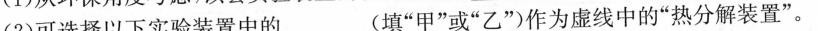
(2)可选择以下实验装置中的___(填”甲”或”乙”)作为虚线中的”热分解装置”。